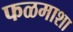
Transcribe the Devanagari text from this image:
फळमाशा